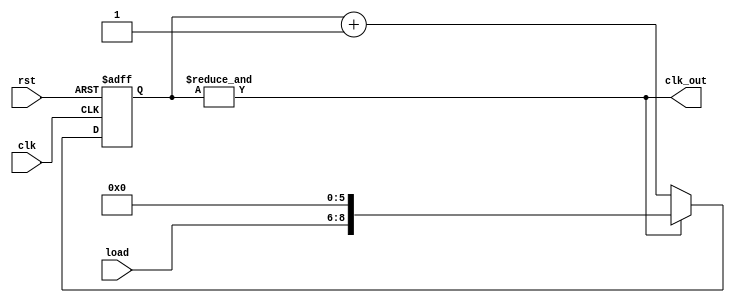
`timescale 1ns/1ns

module Frequncy_Selector(input clk, rst, input [2:0] load, output clk_out);
  reg [8:0] cnt;
  
  assign clk_out = &cnt;
  
	always @(posedge clk, posedge rst) begin
	  if (rst)
		 cnt <= 9'd0;
	  else if (clk_out)
	    cnt <= {load, 6'b000000};
	  else
		  cnt <= cnt + 1;
	end
		
endmodule